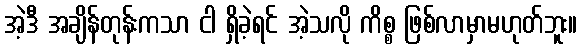
အဲ့ဒီ အချိန်တုန်းကသာ ငါ ရှိခဲ့ရင် အဲ့သလို ကိစ္စ ဖြစ်လာမှာမဟုတ်ဘူး။